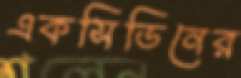
একসিডিনের